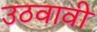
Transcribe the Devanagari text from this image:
उठवावी